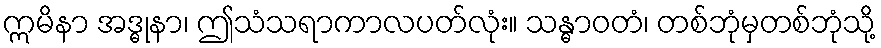
ဣမိနာ အဒ္ဓုနာ၊ ဤသံသရာကာလပတ်လုံး။ သန္ဓာဝတံ၊ တစ်ဘုံမှတစ်ဘုံသို့